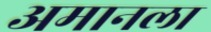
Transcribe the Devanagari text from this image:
अमानला